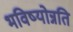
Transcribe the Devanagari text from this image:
भविष्योन्नति